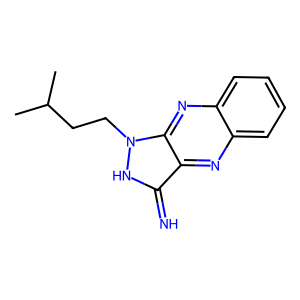
SMILES: CC(C)CCn1[nH]c(=N)c2nc3ccccc3nc21
Inhibits HIV replication: No